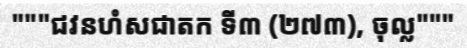
"""ជវនហំសជាតក ទី៣ (២៧៣), ចុល្ល"""